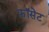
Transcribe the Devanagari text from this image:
फ़ॉसेट